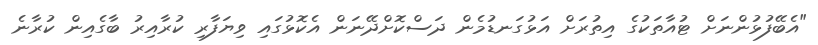
"އެބޭފުޅުންނަށް ޓުއާތަކުގެ އިތުރަށް އަޅުގަނޑުމެން ދަސްކޮށްދޭނަން އެކޮޅުގައި ވިޔަފާރި ކުރާއިރު ބާގެއިން ކުރާނެ